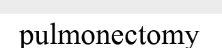
pulmonectomy